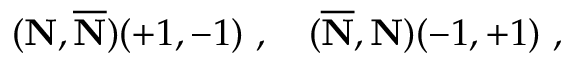
( { \bf N } , { \overline { { { \bf N } } } } ) ( + 1 , - 1 ) ~ , ~ ~ ~ ( { \overline { { { \bf N } } } } , { { \bf N } } ) ( - 1 , + 1 ) ~ ,